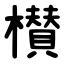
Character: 櫕